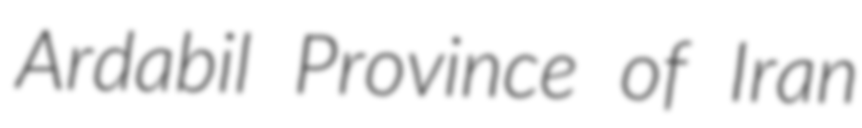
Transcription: Ardabil Province of Iran